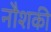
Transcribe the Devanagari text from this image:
नौशकी